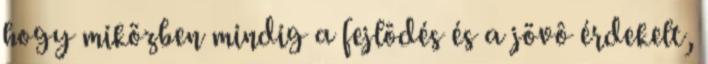
hogy miközben mindig a fejlôdés és a jövô érdekelt,